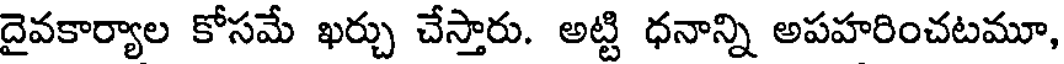
దైవకార్యాల కోసమే ఖర్చు చేస్తారు. అట్టి ధనాన్ని అపహరించటమూ,